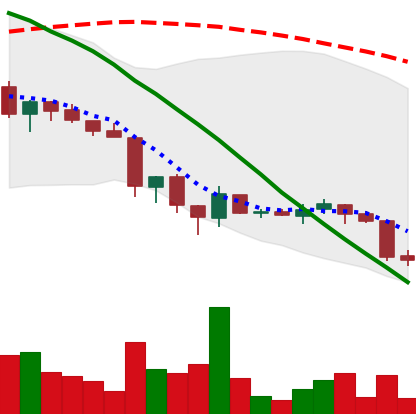
Ticker: ADA-USD
Chart end date: 2018-06-23
Forward return: -13.453%
Label: down_7plus